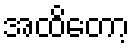
အထိတော့